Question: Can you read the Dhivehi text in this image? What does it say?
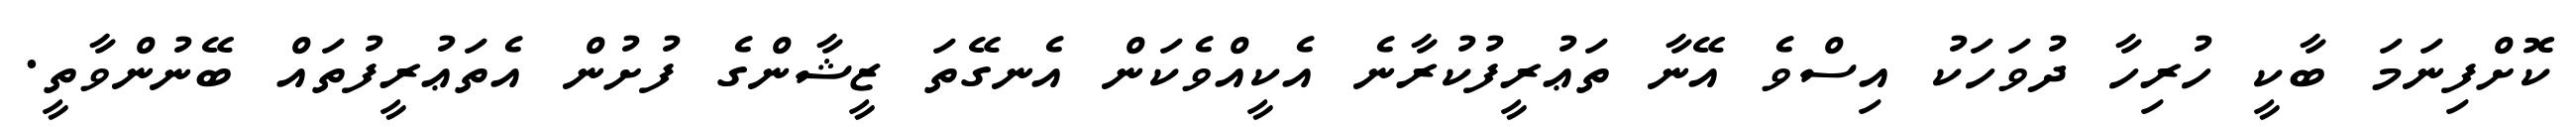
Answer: ކޮށްފިނަމަ ބާކީ ހުރިހާ ދުވަހަކު އިސްވެ އޭނާ ތަޢުރީފުކުރާނެ އެކީއްވެކަން އެނގޭތަ ޒީޝާންގެ ފުށުން އެތަޢުރީފުތައް ބޭނުންވާތީ.